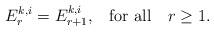
LaTeX: \begin{align*}E^{k, i}_r = E^{k, i}_{r +1}, \,\,\,\,\,{\rm for ~all}\,\,\,\,\,\,r \ge 1.\end{align*}